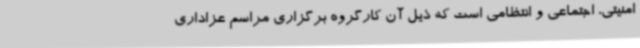
امنیتی، اجتماعی و انتظامی است که ذیل آن کارگروه برگزاری مراسم عزاداری